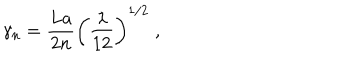
\gamma _ { n } = \frac { L a } { 2 n } \left( \frac { \lambda } { 1 2 } \right) ^ { 1 / 2 } \; ,